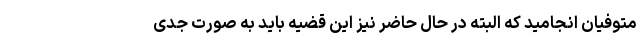
متوفیان انجامید که البته در حال حاضر نیز این قضیه باید به صورت جدی